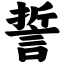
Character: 誓